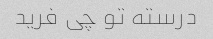
درسته تو چی فرید